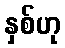
နှစ်ဟု